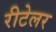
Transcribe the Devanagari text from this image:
रीटेलर